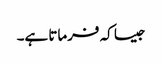
جیسا کہ فرماتا ہے۔